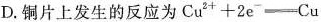
D.铜片上发生的反应为$$Cu^{2+}+2e^{-}=Cu$$